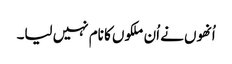
اُنھوں نے اُن ملکوں کا نام نہیں لیا۔